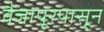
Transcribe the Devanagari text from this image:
वैजापूरपासून